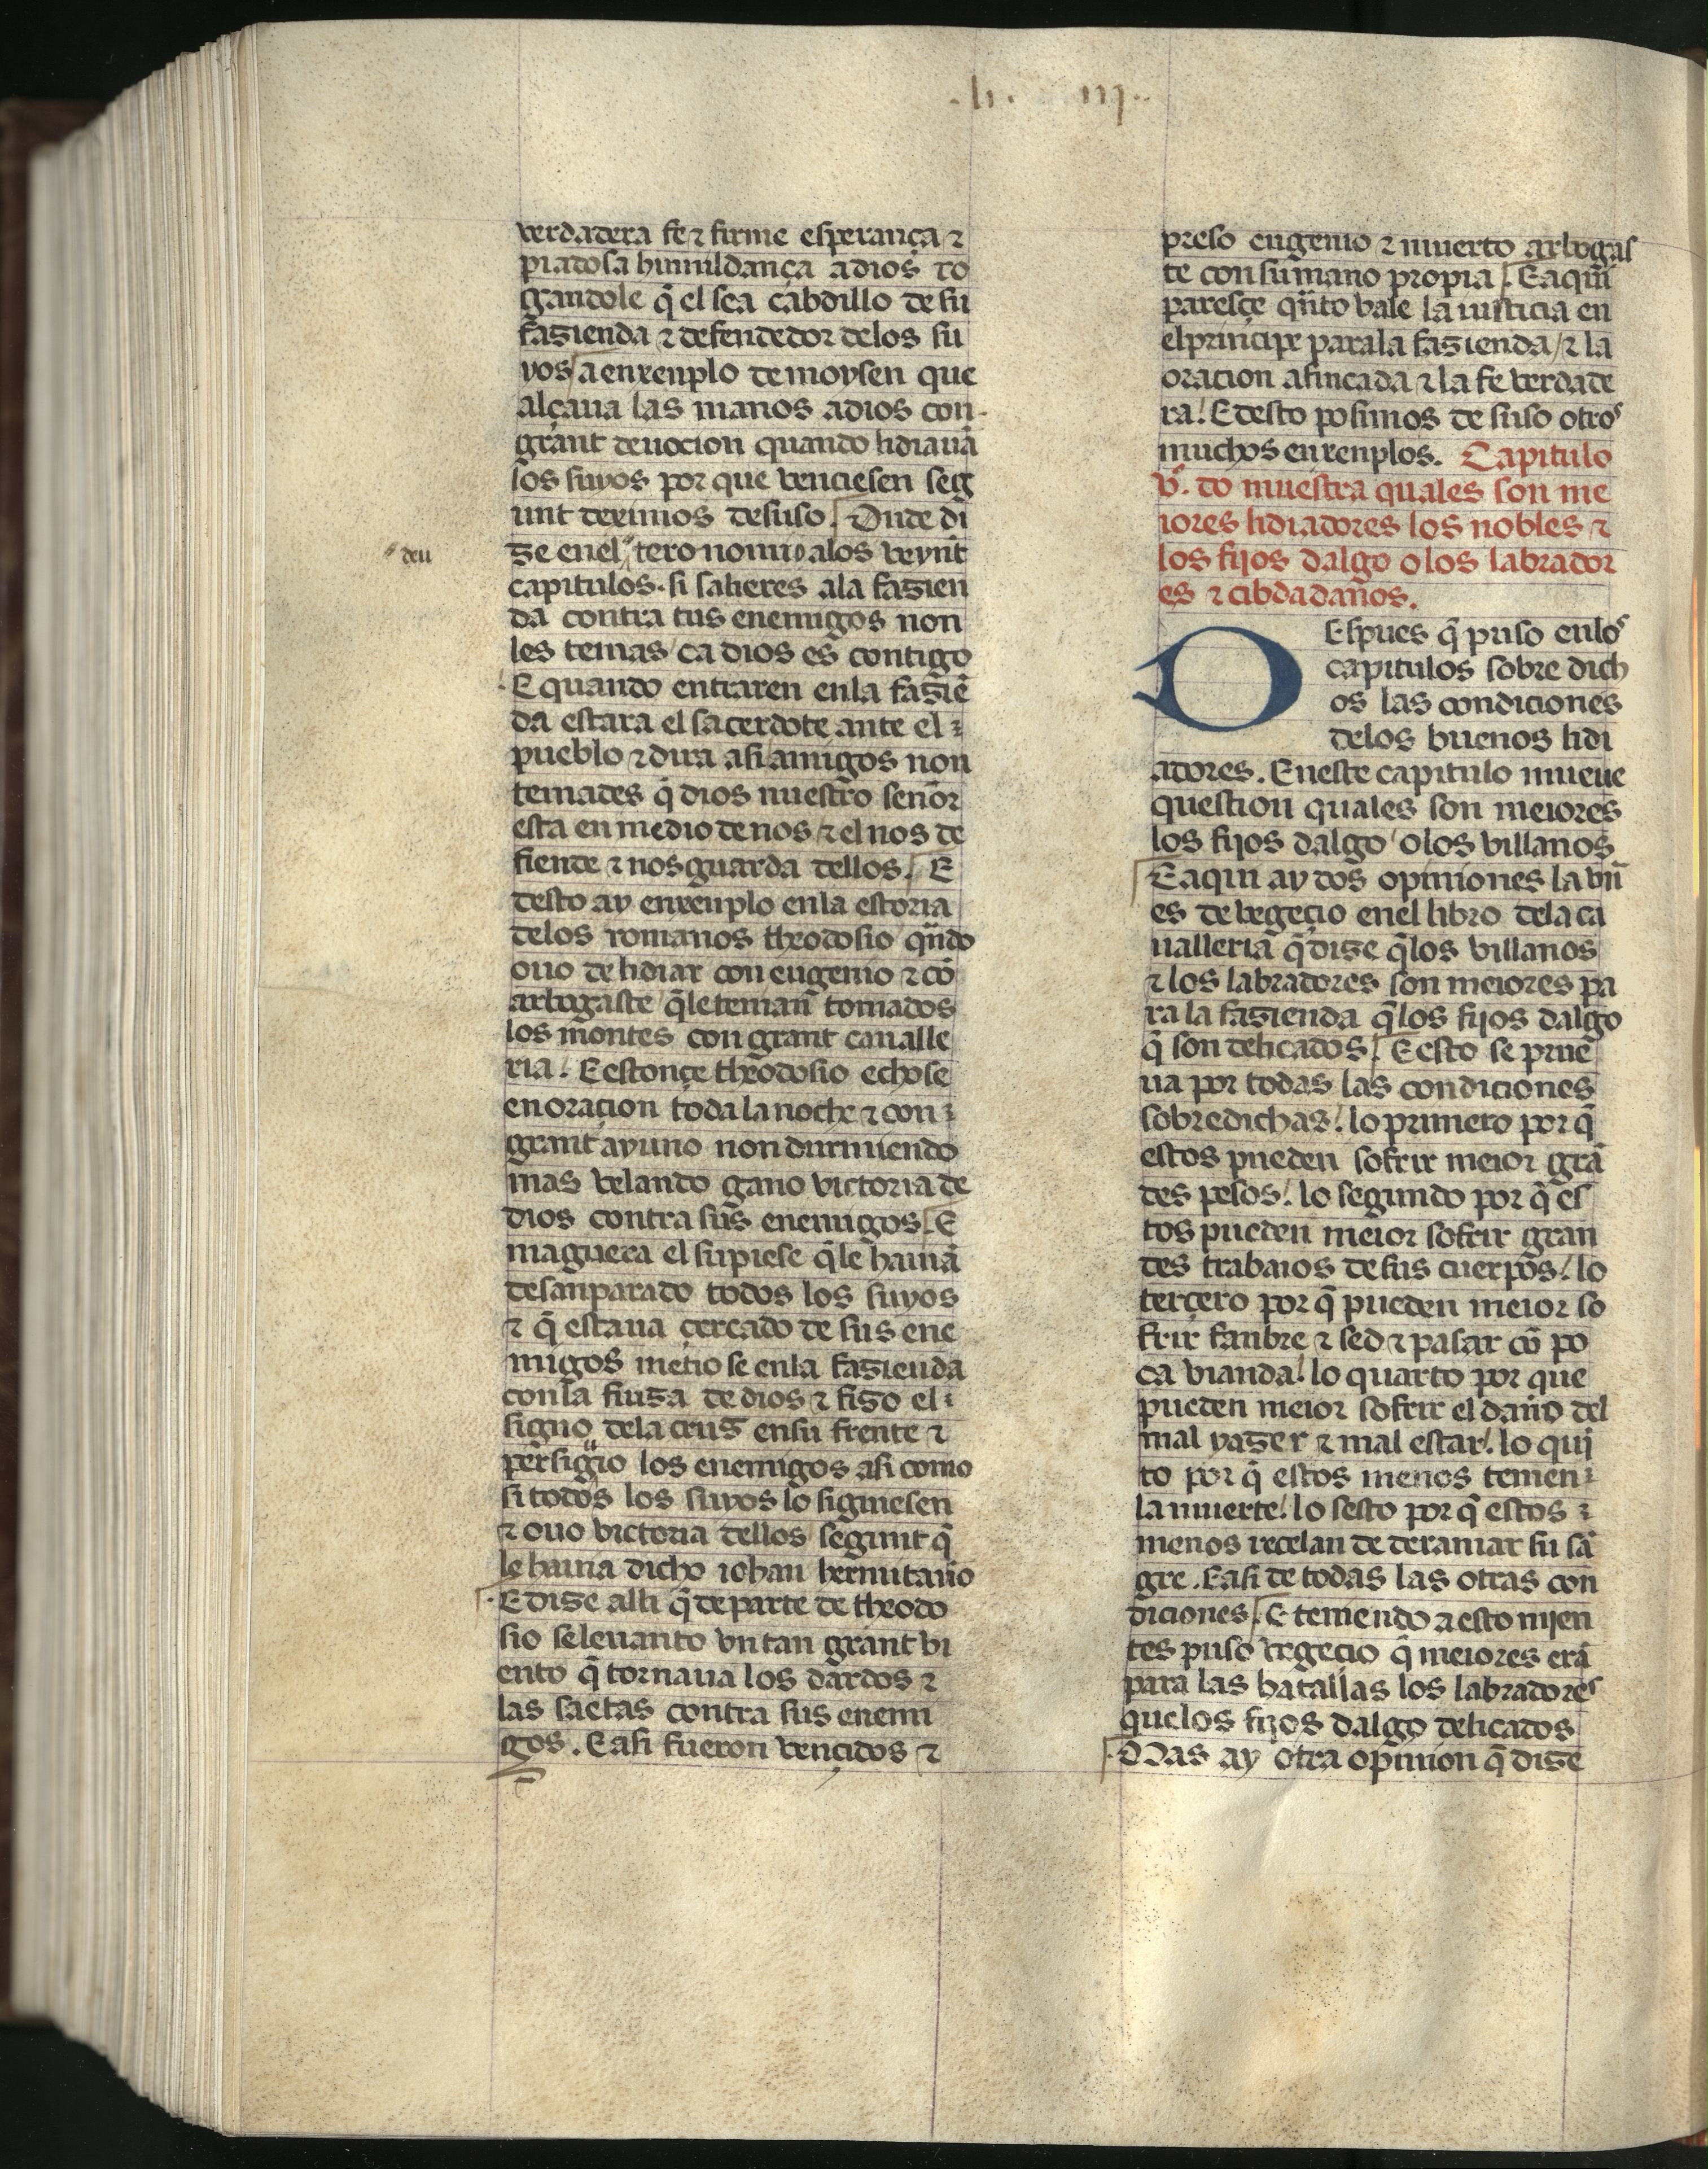
Shelfmark: Madrid, Fundación Lázaro Galdiano, mss 289
Century: 15